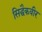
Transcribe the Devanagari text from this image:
सिद्धैकवीर